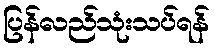
ပြန်လည်သုံးသပ်ရန်